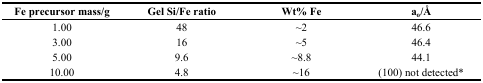
<table><thead><tr><td><b>Fe precursor mass/g</b></td><td><b>Gel Si/Fe ratio</b></td><td><b>Wt% Fe</b></td><td><b>a<sub>o</sub>/Å</b></td></tr></thead><tbody><tr><td>1.00</td><td>48</td><td>~2</td><td>46.6</td></tr><tr><td>3.00</td><td>16</td><td>~5</td><td>46.4</td></tr><tr><td>5.00</td><td>9.6</td><td>~8.8</td><td>44.1</td></tr><tr><td>10.00</td><td>4.8</td><td>~16</td><td>(100) not detected*</td></tr></tbody></table>